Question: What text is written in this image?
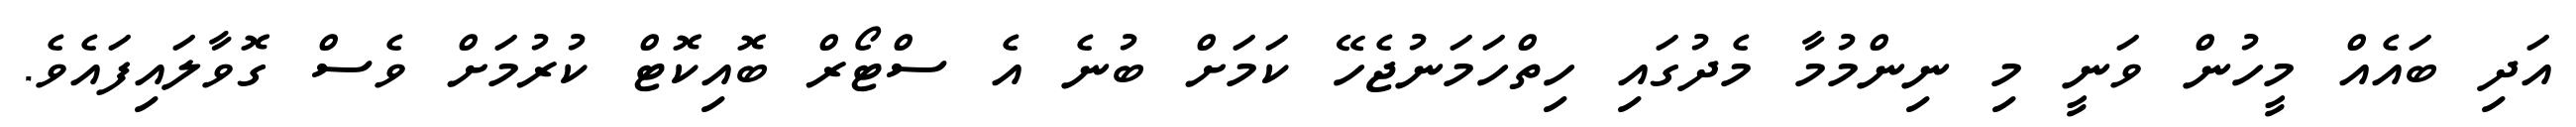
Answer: އަދި ބައެއް މީހުން ވަނީ މި ނިންމުމާ މެދުގައި ހިތްހަމަނުޖެހޭ ކަމަށް ބުނެ އެ ސްޓޯރް ބޮއިކޮޓް ކުރުމަށް ވެސް ގޮވާލައިފައެވެ.